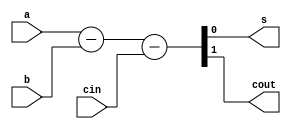

module full_sub(a,b,cin,s,cout);

input a,b,cin;
output s,cout;

assign {cout,s}=a-b-cin;


endmodule

module tb_fullSub();

reg A,B,Cin;
wire Cout,S;

full_sub FA(
        .a(A),
        .b(B),
        .cin(Cin),
        .s(S),
        .cout(Cout)
);


initial
   begin
      #5 A=1'b0;B=1'b0;Cin=1'b0;
      #5 A=1'b0;B=1'b0;Cin=1'b1;
      #5 A=1'b0;B=1'b1;Cin=1'b0;
      #5 A=1'b0;B=1'b1;Cin=1'b1;
      #5 A=1'b1;B=1'b0;Cin=1'b0;
      #5 A=1'b1;B=1'b0;Cin=1'b1;
      #5 A=1'b1;B=1'b1;Cin=1'b0;
      #5 A=1'b1;B=1'b1;Cin=1'b1;
   end



endmodule